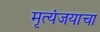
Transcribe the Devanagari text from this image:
मृत्यंजयाचा